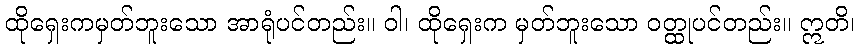
ထိုရှေးကမှတ်ဘူးသော အာရုံပင်တည်း။ ဝါ၊ ထိုရှေးက မှတ်ဘူးသော ဝတ္ထုပင်တည်း။ ဣတိ၊